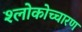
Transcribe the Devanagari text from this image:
श्लोकोच्चारण